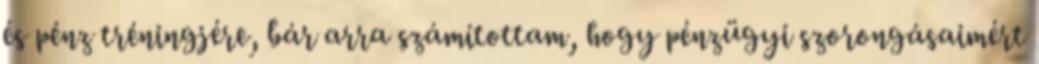
és pénz tréningjére, bár arra számítottam, hogy pénzügyi szorongásaimért